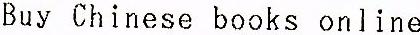
BUY CHINESE BOOKS ONLINE